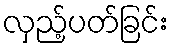
လှည့်ပတ်ခြင်း